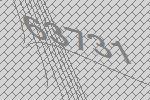
63731